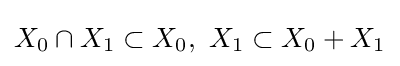
X_{0}\cap X_{1}\subset X_{0},\ X_{1}\subset X_{0}+X_{1}